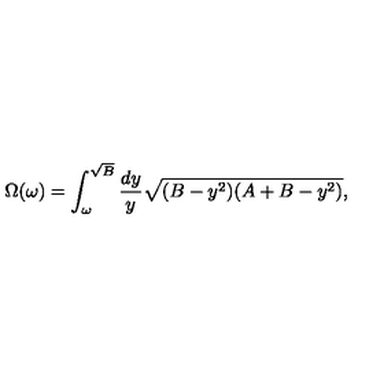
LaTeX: \Omega ( \omega ) = \int _ { \omega } ^ { \sqrt { B } } { \frac { d y } { y } } \sqrt { ( B - y ^ { 2 } ) ( A + B - y ^ { 2 } ) } ,